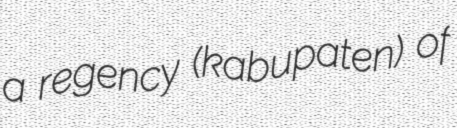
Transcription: a regency (kabupaten) of